Report on horse surra - Volume I
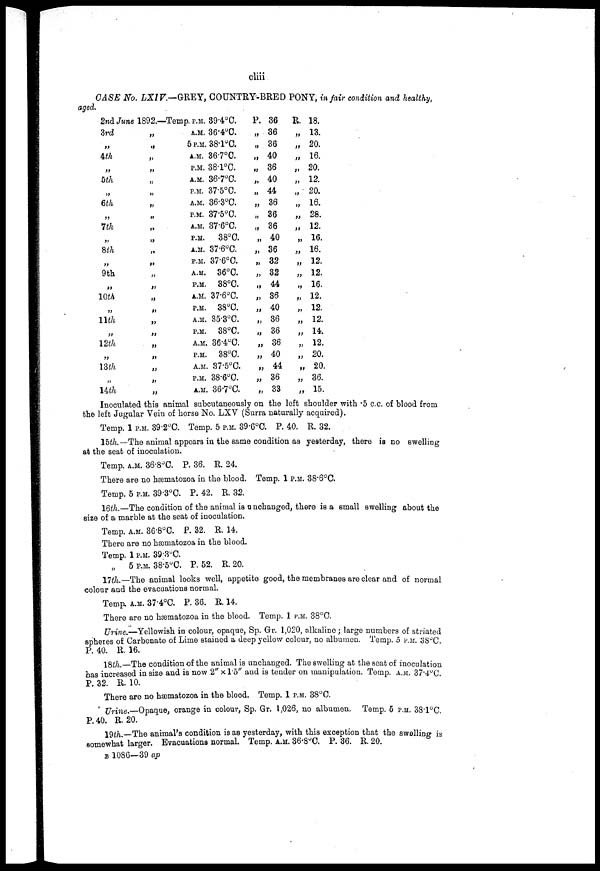
cliii
CASE No. LXIV.—GREY, COUNTRY-BRED PONY, in fair condition and healthy,
aged.
2nd June
3rd
„
4th
„
5th
„
6th
„
1th
„
8th
„
9th
„
10th
„
11th
„
12th
„
13th
„
14th
1892.-
„
„
„
„
„
„
„
„
„
„
„
„
„
„
„
„
„
„
„
„
„
„
„
-Temp. P.M. 39.4°C.
A.M. 36.4°C.
5 P.M.38.1°C.
A.M. 36.7°C.
P.M. 38.l°C.
A.M. 36.7°C.
P.M. 37.5°C.
A.M. 36.3°C.
P.M. 37.5°C.
A.M. 37.6°C.
P.M. 38°C.
A.M. 37.6°C.
P.M. 37.6°C.
A.M. 36°C.
P.M. 38°C.
A.M. 37.6°C.
P.M. 38°C.
A.M. 35.3°C.
P.M. 88°C.
A.M. 36.4°C.
P.M. 38°C.
A.M. 37.5°C.
P.M. 38.6°C.
A.M. 36.7°C.
P.
„
„
„
„
„
„
„
„
„
„
„
„
„
„
„
„
„
„
„
„
„
„
„
36
36
36
40
36
40
44
36
36
36
40
36
32
32
44
36
40
36
36
36
40
44
36
33
R.
„
„
„
„
„
„
„
„
„
„
„
„
„
„
„
„
„
„
„
„
„
„
„
18.
13.
20.
16.
20.
12.
20.
16.
28.
12.
16.
16.
12.
12.
16.
12.
12.
12.
14.
12.
20.
20.
36.
15.
Inoculated this animal subcutaneously on the left shoulder with 5 c.c. of blood from
the left Jugular Vein of horse No. LXV (Surra naturally acquired).
Temp. 1 P.M. 39.2°C. Temp. 5 P.M. 39.6°C. P. 40. R. 32.
15th.—The animal appears in the same condition as yesterday, there is no swelling
at the seat of inoculation.
Temp. A.M. 36.8°C. P. 36. R. 24.
There are no hæmatozoa in the blood. Temp. 1 P.M. 38.6°C.
Temp. 5 P.M. 39.3°C. P. 42. R. 32.
16th.-—The condition of the animal is unchanged, there is a small swelling about the
size of a marble at the seat of inoculation.
Temp. A.M. 36.8°C. P. 32. R. 14.
There are no hæmatozoa in the blood.
Temp. 1 P.M. 39.3°C.
„ 5 P.M.38.5°C. P. 52. R. 20.
17th.—The animal looks well, appetite good, the membranes are clear and of normal
colour and the evacuations normal.
Temp. A.M. 37.4°C. P. 36. R. 14.
There are no hæmatozoa in the blood. Temp. 1 P.M. 38°C.
Urine.—Yellowish in colour, opaque, Sp. Gr. 1,020, alkaline; large numbers of striated
spheres of Carbonate of Lime stained a deep yellow colour, no albumen. Temp. 5 P.M. 38°C.
P. 40. R. 16.
18th.—The condition of the animal is unchanged. The swelling at the seat of inoculation
has increased in size and is now 2" x1.5" and is tender on manipulation. Temp. A.M. 37.4°C.
P. 32. R. 10.
There are no hæmatozoa in the blood. Temp. 1 P.M. 38°C.
Urine.—Opaque, orange in colour, Sp. Gr. 1,026, no albumen. Temp. 5 P.M. 38.1°C.
P. 40. R. 20.
19th.—The animal's condition is as yesterday, with this exception that the swelling is
somewhat larger. Evacuations normal. Temp. A.M. 36.8°C, P. 36. R. 20.
B 1086—39 ap